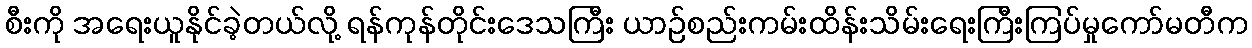
စီးကို အရေးယူနိုင်ခဲ့တယ်လို့ ရန်ကုန်တိုင်းဒေသကြီး ယာဉ်စည်းကမ်းထိန်းသိမ်းရေးကြီးကြပ်မှုကော်မတီက